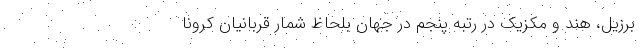
برزیل، هند و مکزیک در رتبه پنجم در جهان بلحاظ شمار قربانیان کرونا